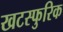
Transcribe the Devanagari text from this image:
खटस्फुरिक